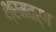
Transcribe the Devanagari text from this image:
श्रमवर्ग